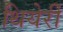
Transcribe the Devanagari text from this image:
थियेर्री